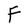
Character: F